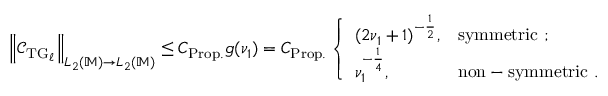
\begin{array} { r } { \left\| \mathcal { C } _ { \mathrm { T G } _ { \ell } } \right\| _ { L _ { 2 } ( \mathbb { M } ) \to L _ { 2 } ( \mathbb { M } ) } \le C _ { \mathrm { P r o p . } } g ( \nu _ { 1 } ) = C _ { \mathrm { P r o p . } } \left\{ \begin{array} { l l } { ( 2 \nu _ { 1 } + 1 ) ^ { - \frac { 1 } { 2 } } , } & { \mathrm { s y m m e t r i c ~ } ; } \\ { \nu _ { 1 } ^ { - \frac { 1 } { 4 } } , } & { \mathrm { n o n - s y m m e t r i c ~ } . } \end{array} \right. } \end{array}